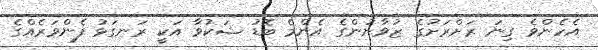
އެހެންވެ ގިނަ ރަށްރަށުގެ ޒުވާނުންގެ އެންމެ ބޮޑު ޝަކުވާ އަކީ ރަނގަޅު ފެންވަރެއްގެ